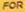
FOR